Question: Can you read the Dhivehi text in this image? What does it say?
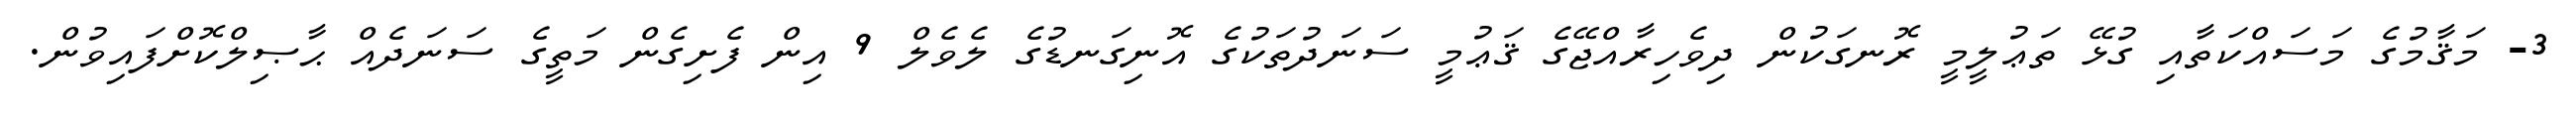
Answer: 3- މަޤާމުގެ މަސައްކަތާއި ގުޅޭ ތަޢުލީމީ ރޮނގަކުން ދިވެހިރާއްޖޭގެ ޤަޢުމީ ސަނަދުތަކުގެ އޮނިގަނޑުގެ ލެވެލް 9 އިން ފެށިގެން މަތީގެ ސަނަދެއް ޙާޞިލްކޮށްފައިވުން.